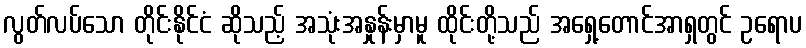
လွတ်လပ်သော တိုင်းနိုင်ငံ ဆိုသည့် အသုံးအနှုန်းမှာမူ ထိုင်းတို့သည် အရှေ့တောင်အာရှတွင် ဥရောပ